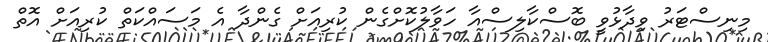
މިނިސްޓަރު ވިދާޅުވީ ބޮސްކާލިސްއާ ހަވާލުކޮށްގެން ކުރިއަށް ގެންދާ އެ މަސައްކަތް ކުރިއަށް އޮތް